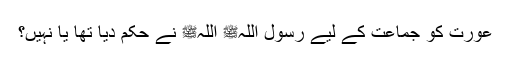
عورت کو جماعت کے لیے رسول اللہﷺ اللہﷺ نے حکم دیا تھا یا نہیں؟